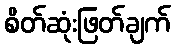
စိတ်ဆုံးဖြတ်ချက်